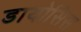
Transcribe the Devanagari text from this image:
डायोसिस